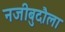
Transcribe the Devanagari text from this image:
नजीबुदौला